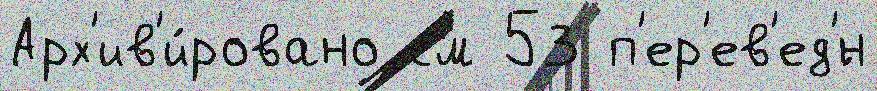
Арх'ив'и́ровано см 53 п'ер'ев'ед'́н